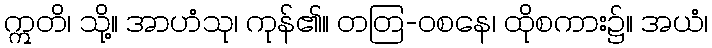
ဣတိ၊ သို့။ အာဟံသု၊ ကုန်၏။ တတြ-ဝစနေ၊ ထိုစကား၌။ အယံ၊